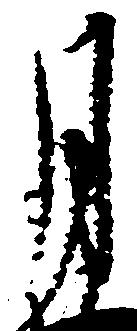
月